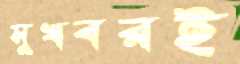
সুখবরই